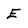
Character: E